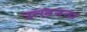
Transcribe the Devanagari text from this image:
उत्खनना